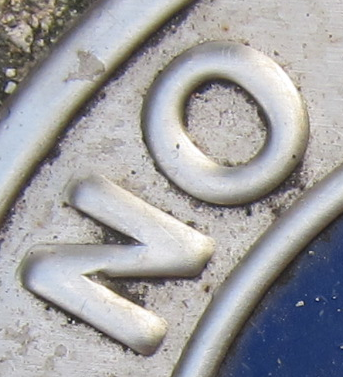
NO